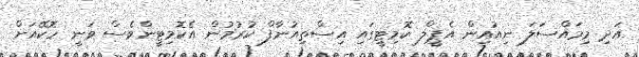
އަދި މިމައްސަލަ ނިއުއިން އެޕީލް ކޮމިޓީގައި އިސްތިއުނާފް ކުރުމުން އެކޮމިޓީންވެސް ވަނީ ހޮކޭއަށް